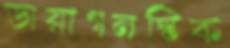
ডায়াগনস্টিক